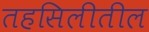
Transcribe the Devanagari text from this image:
तहसिलीतील